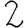
Digit: 2